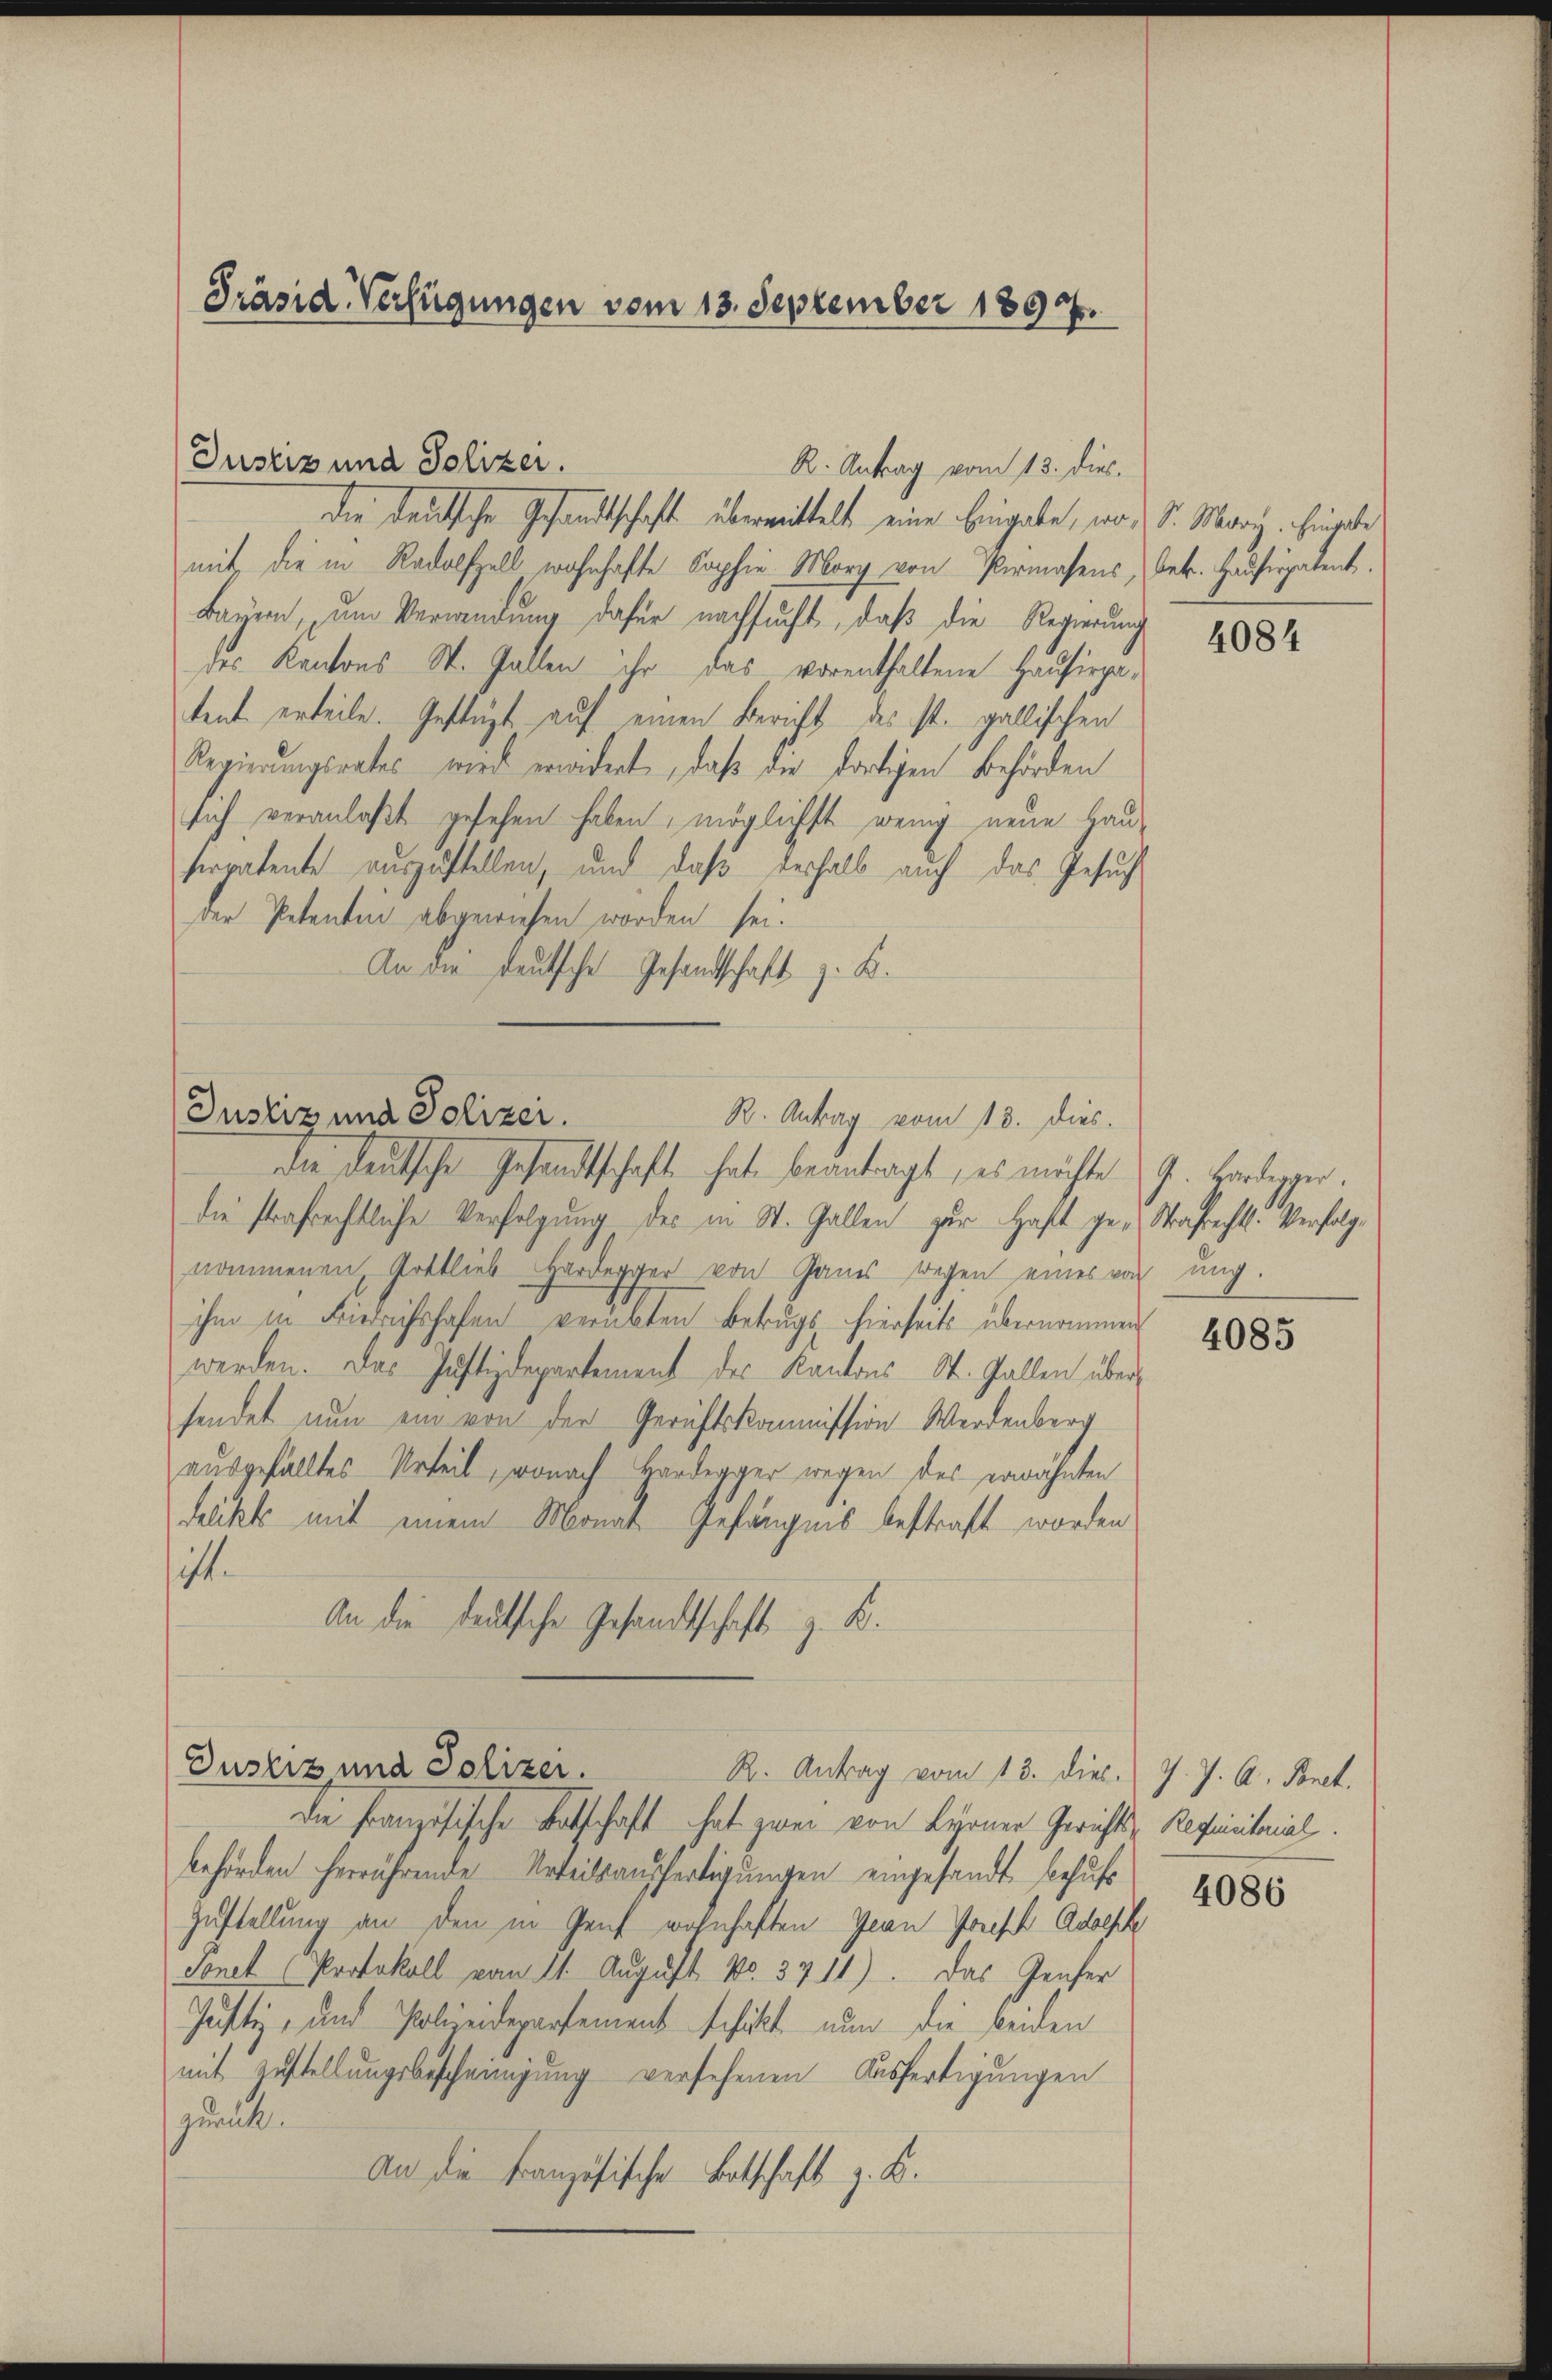
Präsid. Verfügungen vom 13. September 1894.

die deutsche Gesandtschaft übermittelt eine Eingabe, wo S. Marz. Eingabe
mit die in Radolfzell wohnhafte Sophie Morg von Permasens, betr. Hausirpatent.
Bayern, um Verwendung dafür nachsucht, daß die Regierung
des Kantons St. Gallen ihr das vorenthaltene Hausirpatent erteile. Gestüzt auf einen Bericht des ist. gallischen
Regierungsrates wird erwidert, daß die dortigen Behörden
sich veranlaßt gesehen haben, möglichst wenig neue Hau-
serpatente auszustellen, und daß deshalb auch das Gesuch
der Petenten abgewiesen worden sei.
An die deutsche Gesandtschaft z. B.

Justiz und Polizei.

die strafrechtliche Verfolgung des in St. Gallen zur Haft ge-Strafrechts-Verfolgnommenen, Gottlieb Hardegger von Ganes wegen eines von ung.
ihm in Friedrichtshofen verübten Betrugs hierseits übernommen
werden. Das Justizdepartement des Kantons St. Gallen über
sendet nun ein von der Gerichtskommission Werdenberg
ausgefälltes Urteil, wonach Hardegger wegen des erwähnten
Pelikt mit einem Monat Gefängnis bestraft worden
t
An die deutschen Gesandtschaft z. B.

Justiz und Polizei.
R. Antrag vom 13. dies
die deutsche Gesandtschaft hat beantragt, es möchte

R. Antrag vom 13. dies.

Justiz und Polizei.
R. Antrag vom 13. dies. v. J. A. Bonet.

Die Französische Betschaft hat zwei von Lyoner Gerichts-Requisitorial
behörden herrührende Urteilsausfertigungen eingesandt behufs
Zustellung an den in Genf wohnhaften Jean Joseph Adolph
Sonet (Protokoll vom 11. August No. 3711). Das Genfer
Justiz- und Polizeidepartement schickt nun die beiden
mit Zustellungsbescheinigung versehenen Ausfertigungen
zurück.
An die Französische Botschaft z. B.

4084

G. Hardegger.

4085

4086